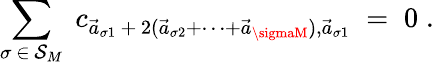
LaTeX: \sum_{\sigma\, \in\, \mathcal{S}_{M}}\; c_{\vec{{a}}_{\sigma1}\, +\, 2(\vec{{a}}_{\sigma2}+\cdots+\vec{{a}}_{\sigmaM}),\vec{{a}}_{\sigma1}}\; =\; 0\; .